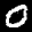
Label: 0